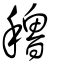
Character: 穭